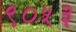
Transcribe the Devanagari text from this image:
९०५३